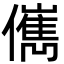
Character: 㒞